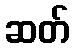
ဆတ်